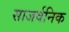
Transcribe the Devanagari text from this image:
साजर्वनिक